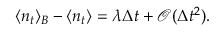
\langle n _ { t } \rangle _ { B } - \langle n _ { t } \rangle = \lambda \Delta t + \mathcal { O } ( \Delta t ^ { 2 } ) .